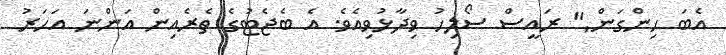
އެބަ ހިންގަން